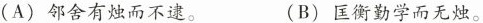
(A)邻舍有烛而不逮。 (B)匡衡勤学而无烛。